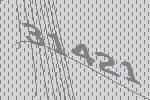
31421